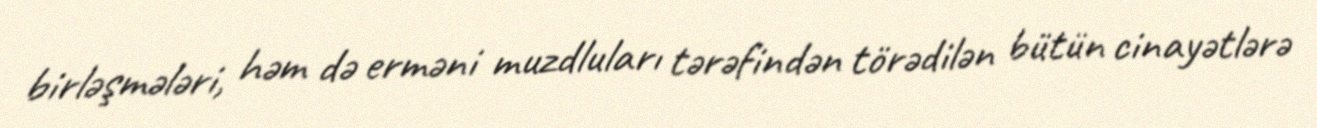
birləşmələri, həm də erməni muzdluları tərəfindən törədilən bütün cinayətlərə